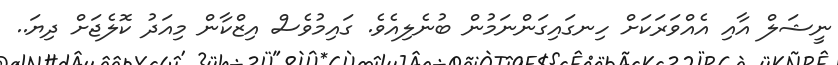
ނީޝަލް އާއި އެއްވަރަކަށް ހިނގައިގަންނަމުން ބުނެލިއެވެ. ގައިމުވެސް އިޒްކާން މިއަދު ކޮލެޖަށް ދިޔަ..